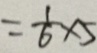
= \frac { 1 } { 6 } \times 5